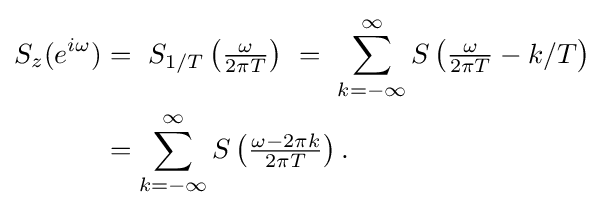
{\begin{aligned}S_{z}(e^{i\omega })&=\ S_{1/T}\left({\tfrac {\omega }{2\pi T}}\right)\ =\ \sum _{k=-\infty }^{\infty }S\left({\tfrac {\omega }{2\pi T}}-k/T\right)\\&=\sum _{k=-\infty }^{\infty }S\left({\tfrac {\omega -2\pi k}{2\pi T}}\right).\end{aligned}}